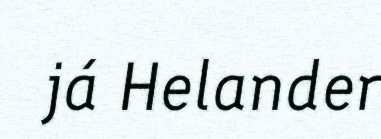
já Helander